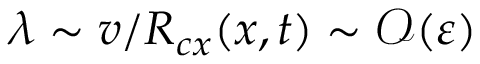
\lambda \sim v / R _ { c x } ( x , t ) \sim \mathcal { O } ( \varepsilon )